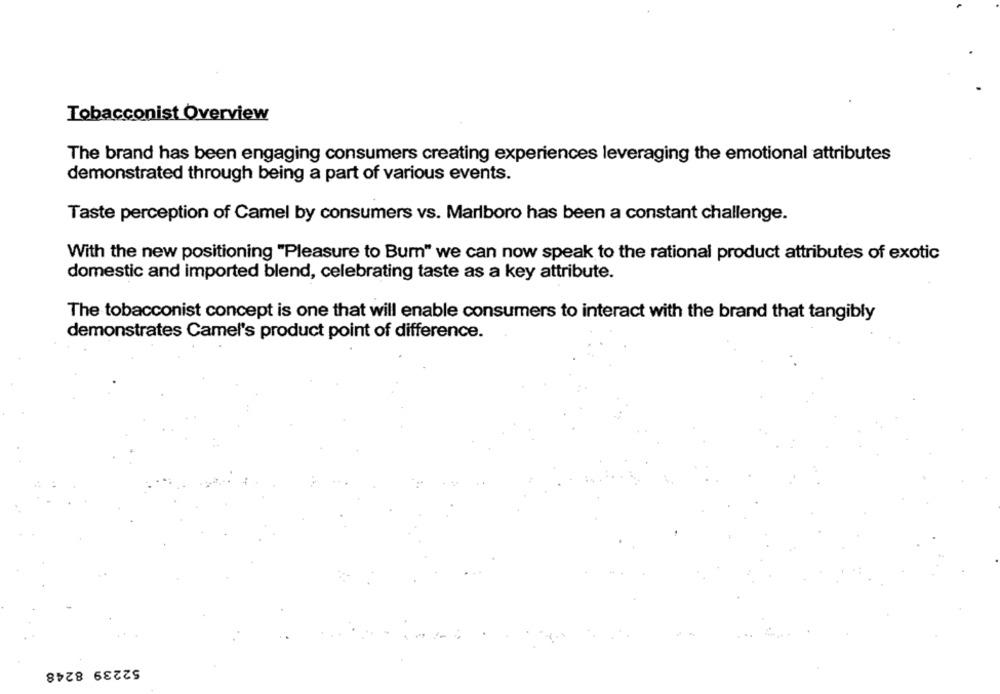
Tobacconist Overview
The brand has been engaging consumers creating experiences leveraging the emotional attributes
demonstrated through being a part of various events.
Taste perception of Camel by consumers vs. Marlboro has been a constant challenge.
With the new positioning "Pleasure to Burn" we can now speak to the rational product attributes of exotic
domestic and imported blend, celebrating taste as a key attribute.
The tobacconist concept is one that will enable consumers to interact with the brand that tangibly
demonstrates Camel's product point of difference.
52239 8248